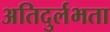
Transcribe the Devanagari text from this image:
अतिदुर्लभता